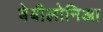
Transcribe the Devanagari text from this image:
बेबीलोनिआ